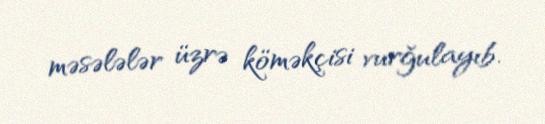
məsələlər üzrə köməkçisi vurğulayıb.